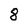
Character: 8